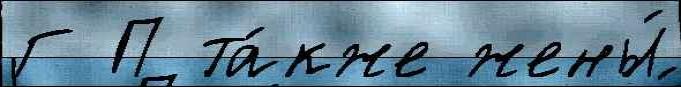
Г П та́кже жены́